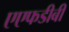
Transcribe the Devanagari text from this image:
एएफडीबी